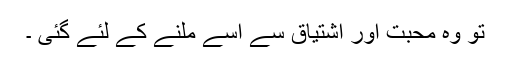
تو وہ محبت اور اشتیاق سے اسے ملنے کے لئے گئی ۔